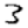
Digit: 3